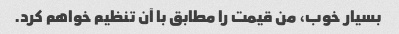
بسیار خوب، من قیمت را مطابق با آن تنظیم خواهم کرد.